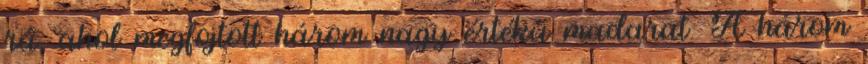
rá, ahol megfojtott három nagy értékű madarat. A három